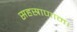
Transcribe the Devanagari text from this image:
सहस्राणाम।